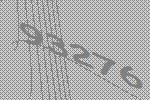
93276